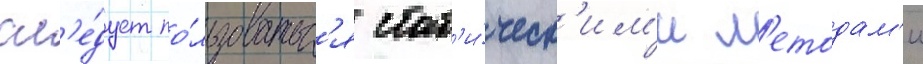
сл'е́дует по́льзоватьс'я стат'и́ческ'им'и м'етодам'и